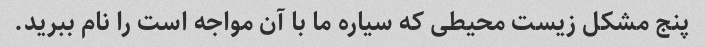
پنج مشکل زیست محیطی که سیاره ما با آن مواجه است را نام ببرید.